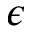
\epsilon